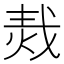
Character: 𤈮